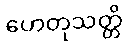
ဟေတုသတ္တိ